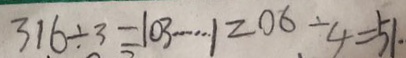
3 1 6 \div 3 = 1 0 3 \cdots 1 2 0 6 \div 4 = 5 1 .